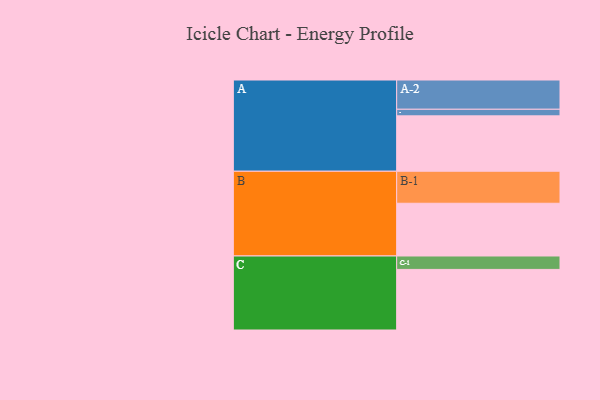
{"axis": {"x": "Segment", "y": "Value"}, "legend": ["", "A", "B", "C"], "data": [{"x": "A", "y": 479, "type": ""}, {"x": "B", "y": 456, "type": ""}, {"x": "C", "y": 524, "type": ""}, {"x": "A-1", "y": 57, "type": "A"}, {"x": "A-2", "y": 253, "type": "A"}, {"x": "B-1", "y": 277, "type": "B"}, {"x": "C-1", "y": 116, "type": "C"}]}